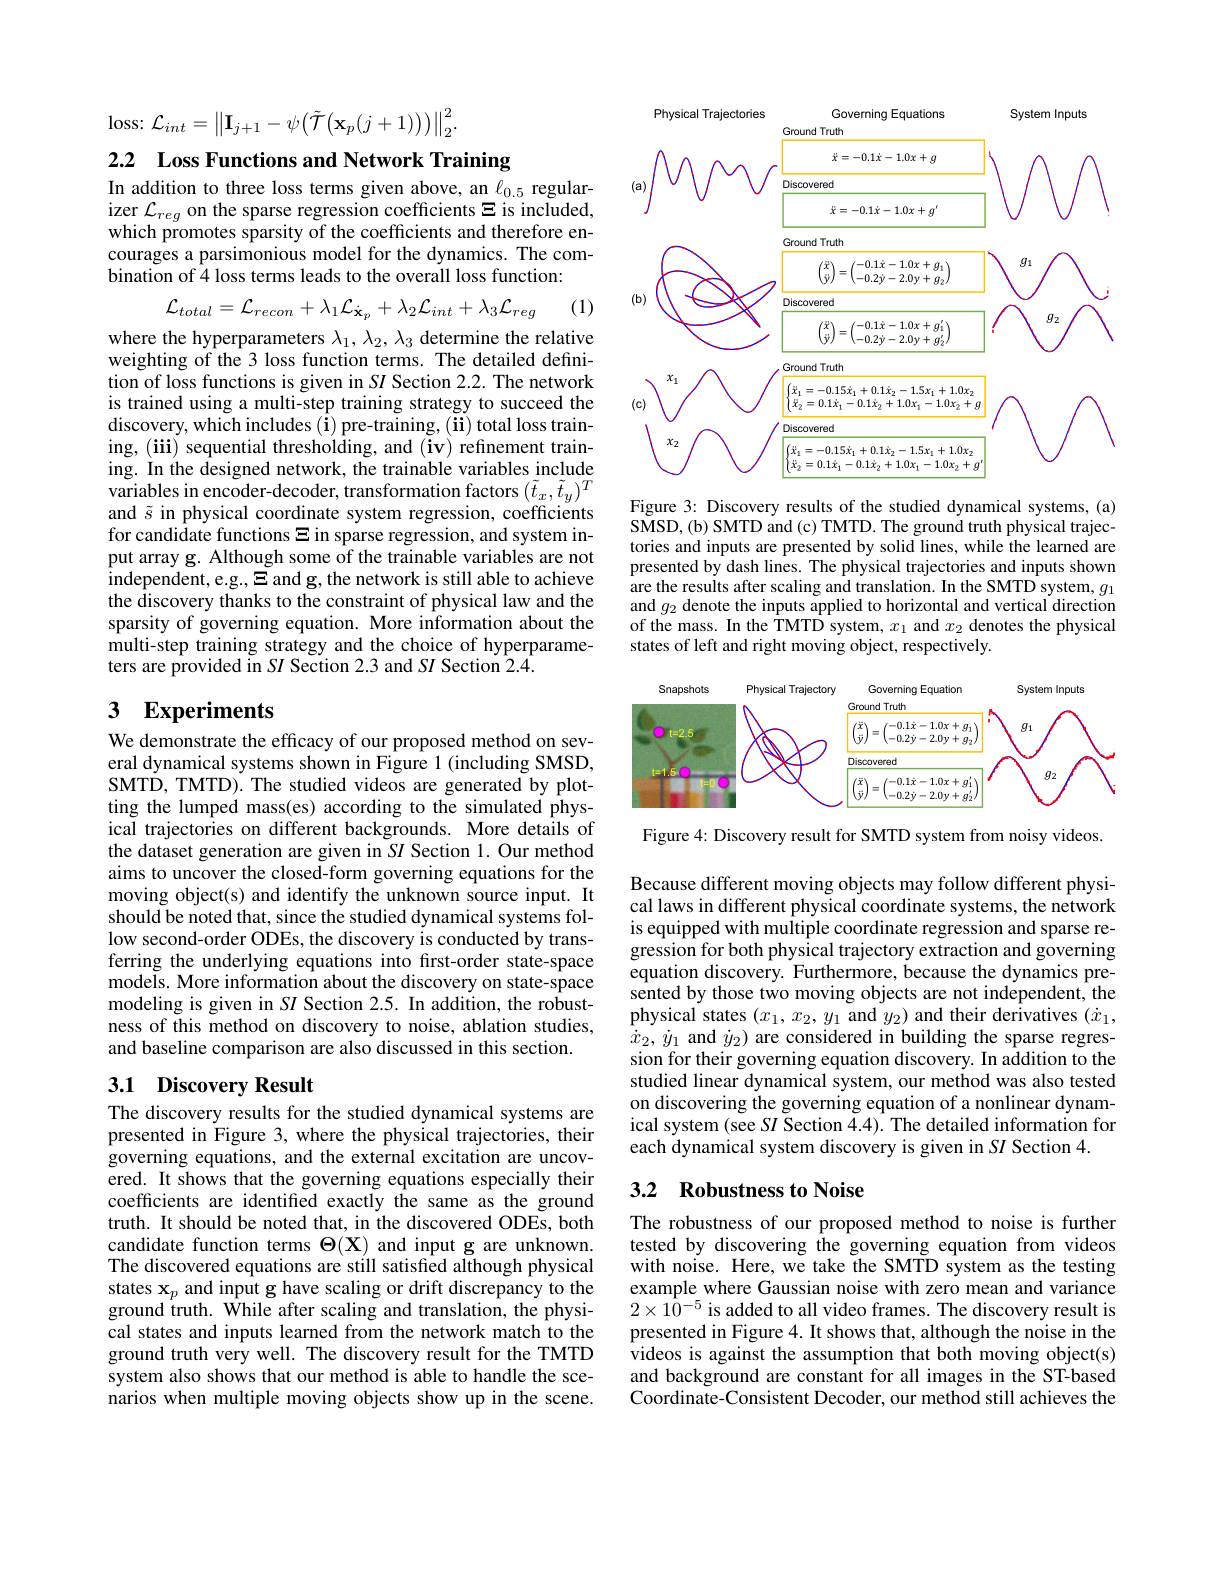
$\operatorname{loss:}\mathcal{L}_{int}=\left\|\mathbf{I}_{j+1}-\psi\big(\tilde{\mathcal{T}}\big(\mathbf{x}_{p}(j+1)\big)\big)\right\|_{2}^{2}.$

2.2 Loss Functions and Network Training

In addition to three loss terms given above, an $\ell_{0.5}$ regularizer $\mathcal{L}_reg$ on the sparse regression coefficients $\Xi$ is included, which promotes sparsity of the coefficients and therefore encourages a parsimonious model for the dynamics. The combination of 4 loss terms leads to the overall loss function:
$$\mathcal{L}_{total}=\mathcal{L}_{recon}+\lambda_{1}\mathcal{L}_{\dot{\mathbf{x}}_{p}}+\lambda_{2}\mathcal{L}_{int}+\lambda_{3}\mathcal{L}_{reg}$$
(1)

where the hyperparameters $\lambda_1,\lambda_2,\lambda_3$ determine the relative weighting of the 3 loss function terms. The detailed definition of loss functions is given in SI Section 2.2. The network is trained using a multi-step training strategy to succeed the $\tilde{\text{discovery, which includes(i) pre-training, (ii) total loss train-}}$ ing, (iii) sequential thresholding, and (iv) refinement training. In the designed network, the trainable variables include variables in encoder-decoder, transformation factors $(\tilde{t}_x,\tilde{t}_y)^T$ and $\tilde{s}$ in physical coordinate system regression, coefficients for candidate functions $\Xi$ in sparse regression, and system input array g. Although some of the trainable variables are not independent, e.g., $\Xi$ and g, the network is still able to achieve the discovery thanks to the constraint of physical law and the sparsity of governing equation. More information about the multi-step training strategy and the choice of hyperparameters are provided in $SI$ Section 2.3 and $SI$ Section 2.4.

# 3 Experiments

We demonstrate the efficacy of our proposed method on several dynamical systems shown in Figure 1 (including SMSD, SMTD, TMTD). The studied videos are generated by plotting the lumped mass(es) according to the simulated physical trajectories on different backgrounds. More details of the dataset generation are given in SI Section 1. Our method aims to uncover the closed-form governing equations for the moving object(s) and identify the unknown source input. It should be noted that, since the studied dynamical systems follow second-order ODEs, the discovery is conducted by transferring the underlying equations into first-order state-space models. More information about the discovery on state-space modeling is given in SI Section 2.5. In addition, the robustness of this method on discovery to noise, ablation studies, and baseline comparison are also discussed in this section.

## 3.1 Discovery Result

The discovery results for the studied dynamical systems are presented in Figure 3, where the physical trajectories, their governing equations, and the external excitation are uncovered. It shows that the governing equations especially their coefficients are identified exactly the same as the ground truth. It should be noted that, in the discovered ODEs, both candidate function terms $\Theta(\mathbf{X})$ and input g are unknown. The discovered equations are still satisfied although physical states $\mathbf{x}_p$ and input g have scaling or drift discrepancy to the ground truth. While after scaling and translation, the physical states and inputs learned from the network match to the ground truth very well. The discovery result for the TMTD system also shows that our method is able to handle the scenarios when multiple moving objects show up in the scene.

<FigureHere>

Figure 3: Discovery results of the studied dynamical systems, (a) SMSD, (b) SMTD and (c) TMTD. The ground truth physical trajectories and inputs are presented by solid lines, while the learned are presented by dash lines. The physical trajectories and inputs shown are the results after scaling and translation. In the SMTD system, $g_1$ and $g_2$ denote the inputs applied to horizontal and vertical direction of the mass. In the TMTD system, $x_1$ and $x_2$ denotes the physical states of left and right moving object, respectively.

<FigureHere>

Figure 4: Discovery result for SMTD system from noisy videos.

Because different moving objects may follow different physical laws in different physical coordinate systems, the network is equipped with multiple coordinate regression and sparse regression for both physical trajectory extraction and governing equation discovery. Furthermore, because the dynamics presented by those two moving objects are not independent, the physical states $(x_1,x_2,y_1$ and $y_2)$ and their derivatives $(\dot{x}_1$, $\dot{x}_{2},\dot{y}_{1}$ and $\dot{y}_{2})$ are considered in building the sparse regression for their governing equation discovery. In addition to the studied linear dynamical system, our method was also tested on discovering the governing equation of a nonlinear dynamical system (see SI Section 4.4). The detailed information for each dynamical system discovery is given in SI Section 4.

## 3.2 Robustness to Noise

The robustness of our proposed method to noise is further tested by discovering the governing equation from videos with noise. Here, we take the SMTD system as the testing example where Gaussian noise with zero mean and variance $2\times10^{-5}$ is added to all video frames. The discovery result is presented in Figure 4. It shows that, although the noise in the videos is against the assumption that both moving object(s) and background are constant for all images in the ST-based Coordinate-Consistent Decoder, our method still achieves the